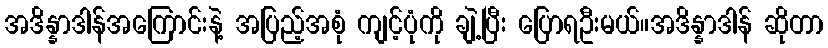
အဒိန္နာဒါန်အကြောင်းနဲ့ အပြည့်အစုံ ကျင့်ပုံကို ချဲ့ပြီး ပြောရဦးမယ်။အဒိန္နာဒါန် ဆိုတာ